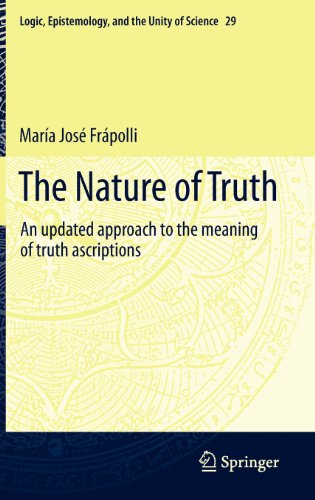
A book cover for The Nature of Truth: An updated approach to the meaning of truth ascriptions (Logic, Epistemology, and the Unity of Science); Maria Jose Frapolli; Politics & Social Sciences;